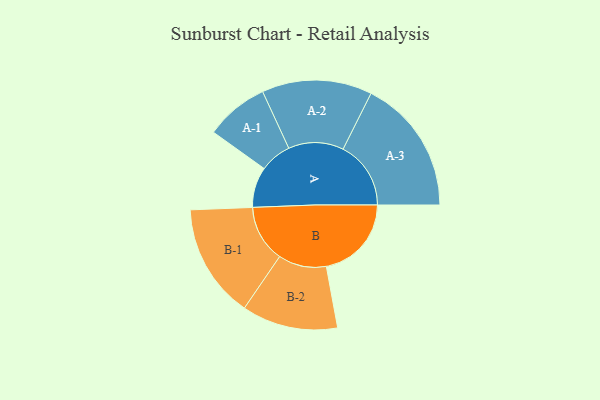
{"axis": {"x": "Segment", "y": "Value"}, "legend": ["", "A", "B"], "data": [{"x": "A", "y": 178, "type": ""}, {"x": "B", "y": 374, "type": ""}, {"x": "A-1", "y": 139, "type": "A"}, {"x": "A-2", "y": 242, "type": "A"}, {"x": "A-3", "y": 298, "type": "A"}, {"x": "B-1", "y": 251, "type": "B"}, {"x": "B-2", "y": 211, "type": "B"}]}